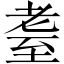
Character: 耋